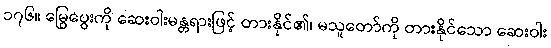
၁၇၆။ မြွေပွေးကို ဆေးဝါးမန္တရားဖြင့် တားနိုင်၏၊ မသူတော်ကို တားနိုင်သော ဆေးဝါး